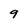
Character: 9